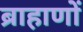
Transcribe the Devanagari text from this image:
ब्राहाणों